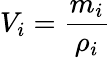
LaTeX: V_{i}=\frac{m_{i}}{\rho_{i}}